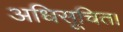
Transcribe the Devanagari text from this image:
अधिसूचित।